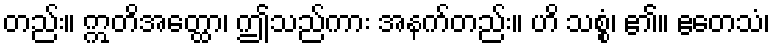
တည်း။ ဣတိအတ္ထော၊ ဤသည်ကား အနက်တည်း။ ဟိ သစ္စံ၊ ၏။ ဧတေသံ၊